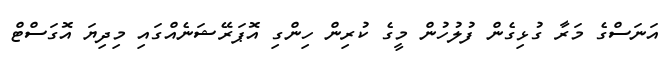
އަނަސްގެ މަރާ ގުޅިގެން ފުލުހުން މީގެ ކުރިން ހިންގި އޮޕަރޭޝަނެއްގައި މިދިޔަ އޮގަސްޓް